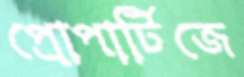
প্রোপার্টিজে